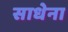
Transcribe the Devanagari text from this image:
साधेना